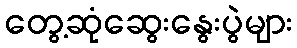
တွေ့ဆုံဆွေးနွေးပွဲများ